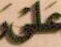
على